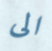
الى